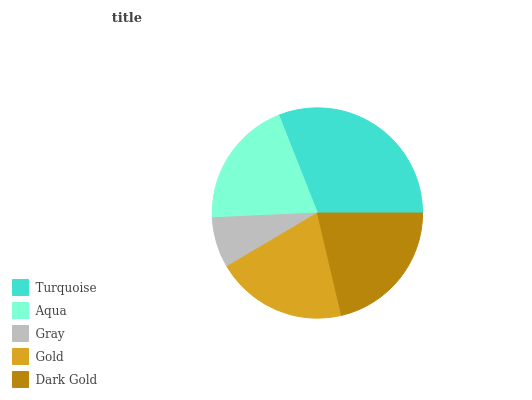
| Turquoise | Aqua | Gray | Gold | Dark Gold |
 | --- | --- | --- | --- | --- |
 | 31% | 19.7% | 7.76% | 20.2% | 21.3% |